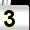
Digit: 3